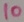
Text: 10